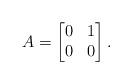
LaTeX: \begin{align*}A =\begin{bmatrix}0 & 1 \\0 & 0\end{bmatrix} .\end{align*}